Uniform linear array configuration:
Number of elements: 64
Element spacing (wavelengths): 0.75
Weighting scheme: hamming
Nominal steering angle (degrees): -15
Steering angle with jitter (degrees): -14.431
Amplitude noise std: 0.05
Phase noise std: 0.05

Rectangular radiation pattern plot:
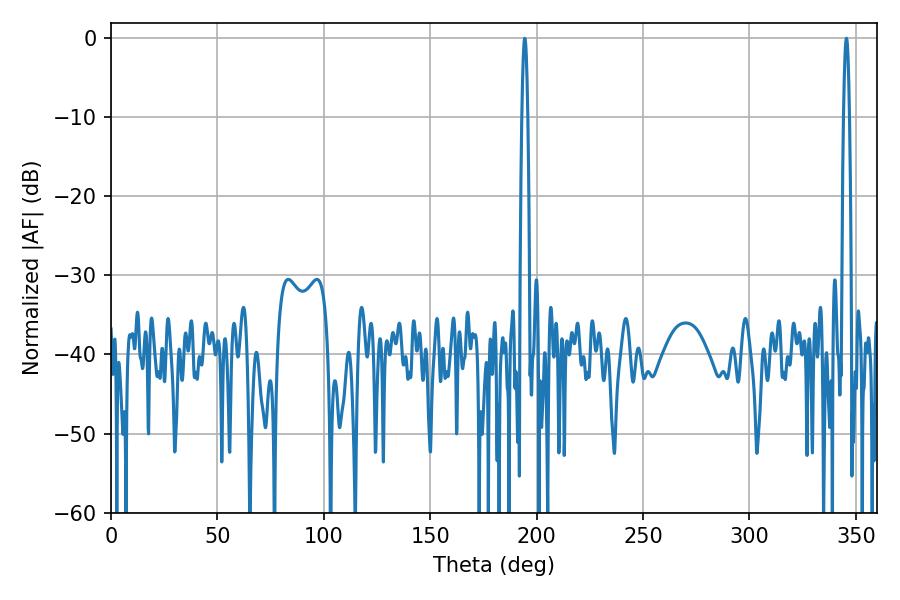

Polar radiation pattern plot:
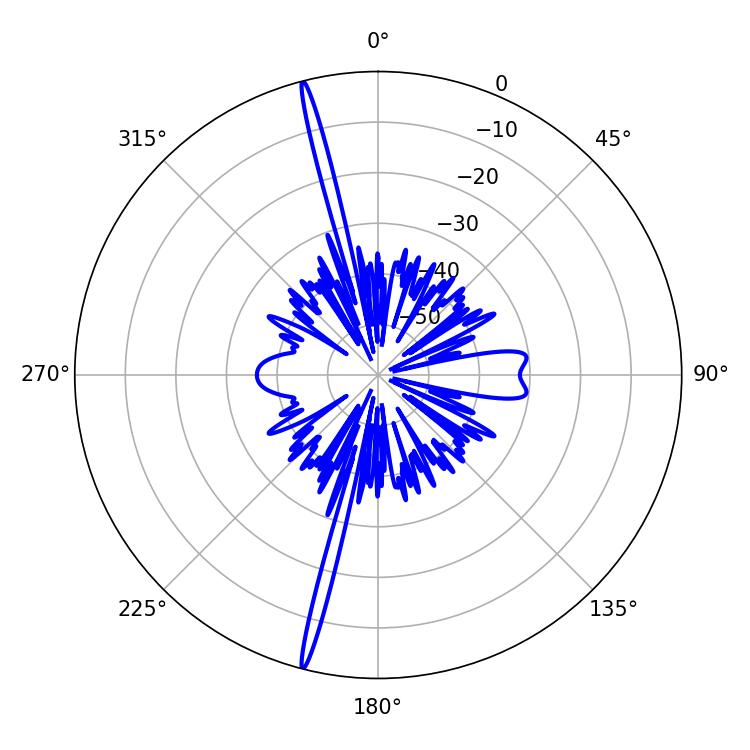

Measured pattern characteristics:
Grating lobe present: TRUE
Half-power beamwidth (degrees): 1.44
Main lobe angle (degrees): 194.4